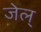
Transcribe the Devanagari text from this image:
जेल्